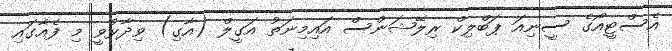
އެސްޓީއޯގެ ސީނިއަ ޕަބްލިކް ރިލޭޝަންސް އައިމިނަތު އަގީލް (އާގި) ވިދާޅުވީ މި ފެއާގައި